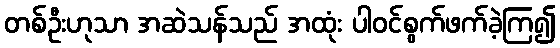
တစ်ဦးဟုသာ အဆဲသန်သည် အထုံး ပါဝင်စွက်ဖက်ခဲ့ကြ၍